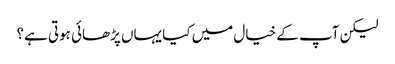
لیکن آپ کے خیال میں کیا یہاں پڑھائی ہوتی ہے؟